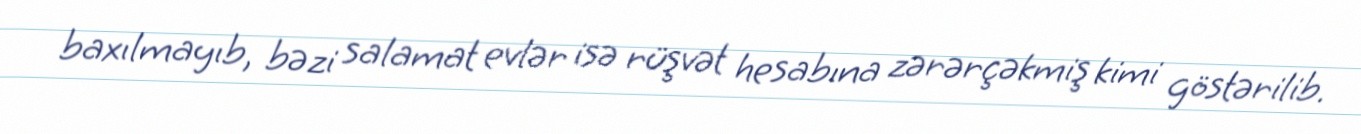
baxılmayıb, bəzi salamat evlər isə rüşvət hesabına zərərçəkmiş kimi göstərilib.